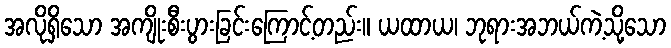
အလိုရှိသော အကျိုးစီးပွားခြင်းကြောင့်တည်း။ ယထာယ၊ ဘုရားအဘယ်ကဲ့သို့သော